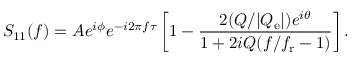
S _ { 1 1 } ( f ) = A e ^ { i \phi } e ^ { - i 2 \pi f \tau } \left[ 1 - \frac { 2 ( Q / | Q _ { \mathrm { e } } | ) e ^ { i \theta } } { 1 + 2 i Q ( f / f _ { \mathrm { r } } - 1 ) } \right] .